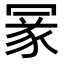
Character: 𠖔